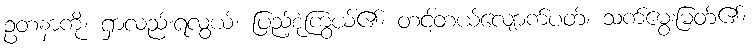
ဥတနာကို၊ ရှာလည်းရလွယ်၊ ပြည့်စုံကြွယ်၏၊ တင့်တယ်လျောက်ပတ်၊ သက်မွေးမြတ်၏၊